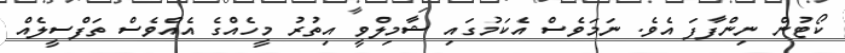
ކޯޓުން ނިންފާފަ އެވެ. ނަމަވެސް އެކަމުގައި ޝާމިލްވީ އިތުރު މީހެއްގެ އެއްވެސް ތަފްސީލެއް